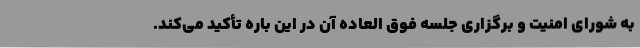
به شورای امنیت و برگزاری جلسه فوق العاده آن در این باره تأکید می‌کند.